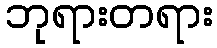
ဘုရားတရား